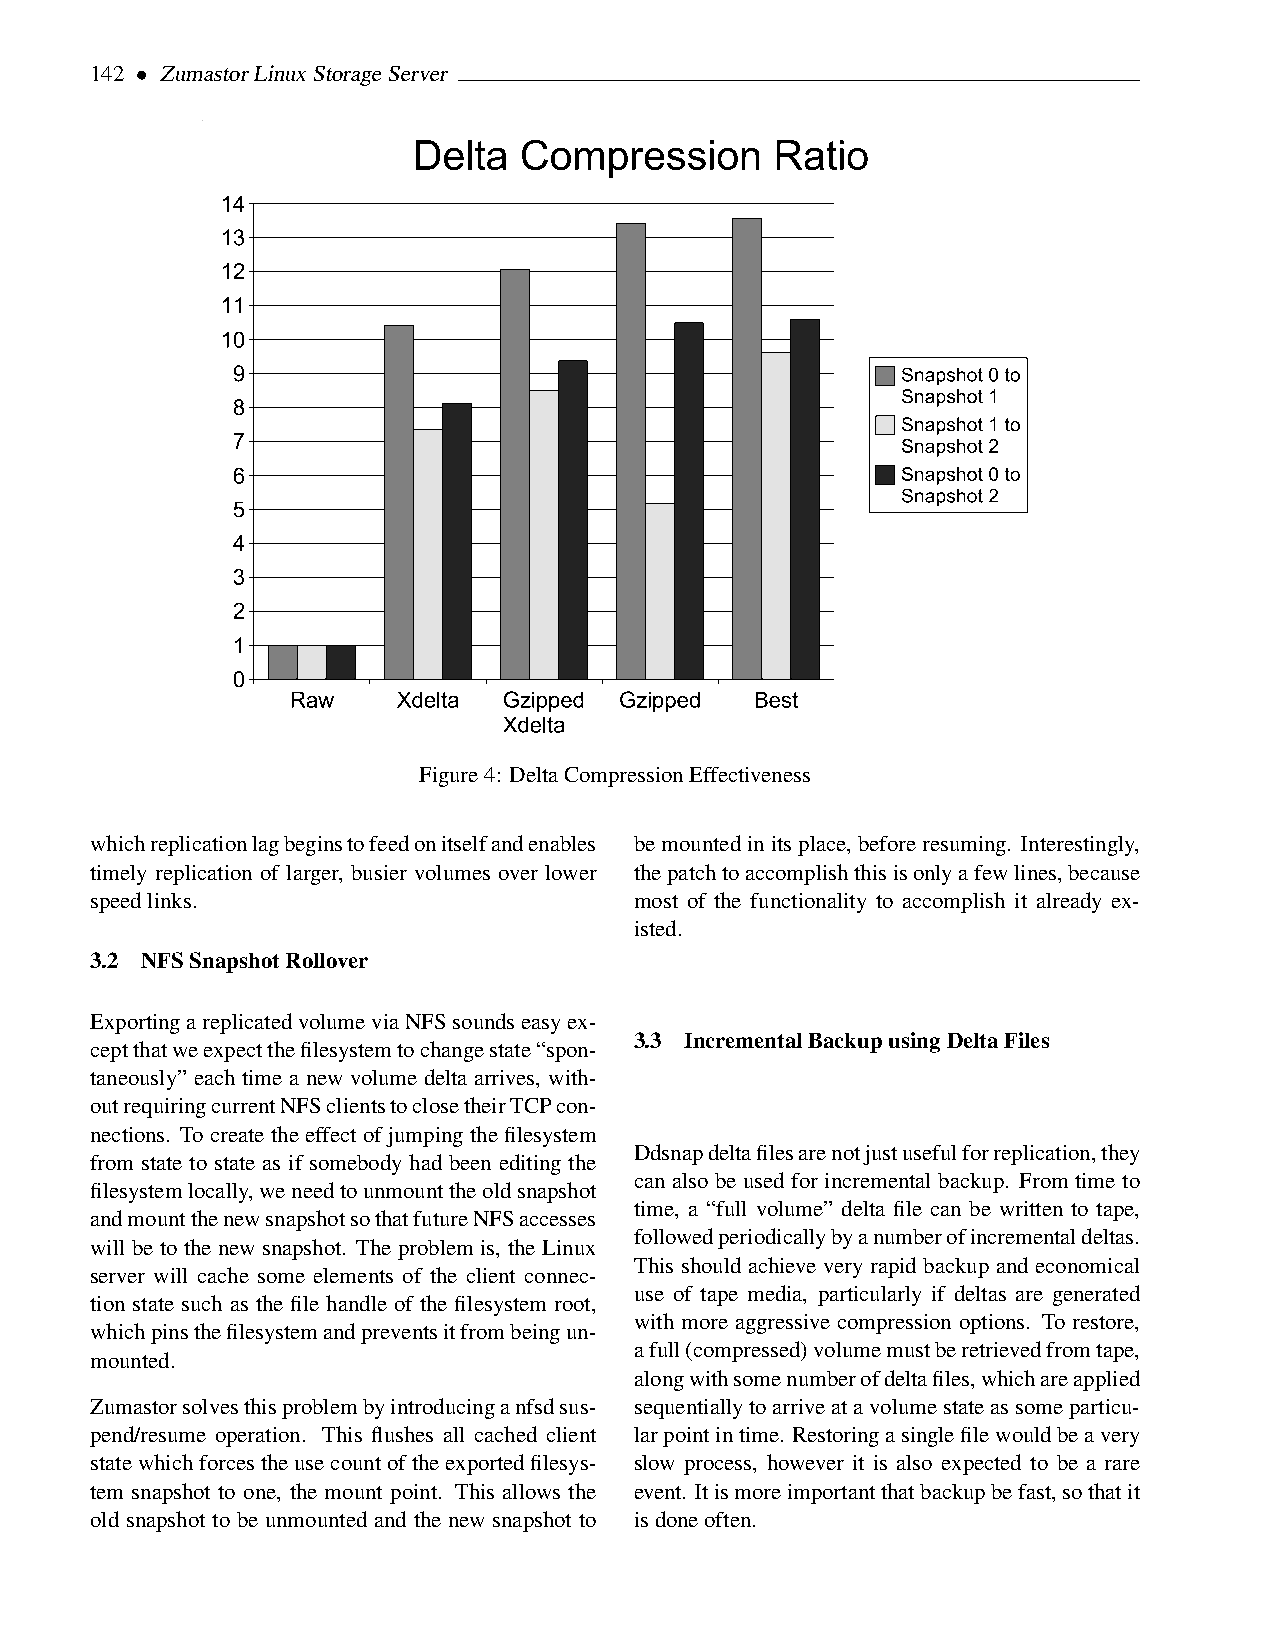
142 • ZumastorLinuxStorageServer
 Figure4: DeltaCompressionEffectiveness
 whichreplicationlagbeginstofeedonitselfandenables bemountedinitsplace,beforeresuming. Interestingly,
 timely replication of larger, busier volumes over lower thepatchtoaccomplishthisisonlyafewlines,because
 speedlinks.                         most of the functionality to accomplish it already ex-
 isted.
 3.2 NFSSnapshotRollover
 ExportingareplicatedvolumeviaNFSsoundseasyex-
 3.3 IncrementalBackupusingDeltaFiles
 ceptthatweexpectthefilesystemtochangestate“spon-
 taneously” each time a new volume delta arrives, with-
 outrequiringcurrentNFSclientstoclosetheirTCPcon-
 nections. To create the effect of jumping the filesystem
 Ddsnapdeltafilesarenotjustusefulforreplication,they
 from state to state as if somebody had been editing the
 can also be used for incremental backup. From time to
 filesystemlocally,weneedtounmounttheoldsnapshot
 time, a “full volume” delta file can be written to tape,
 andmountthenewsnapshotsothatfutureNFSaccesses
 followedperiodicallybyanumberofincrementaldeltas.
 will be to the new snapshot. The problem is, the Linux
 This should achieve very rapid backup and economical
 server will cache some elements of the client connec-
 use of tape media, particularly if deltas are generated
 tion state such as the file handle of the filesystem root,
 with more aggressive compression options. To restore,
 whichpinsthefilesystemandpreventsitfrombeingun-
 afull(compressed)volumemustberetrievedfromtape,
 mounted.
 alongwithsomenumberofdeltafiles,whichareapplied
 Zumastorsolvesthisproblembyintroducinganfsdsus- sequentiallytoarriveatavolumestateassomeparticu-
 pend/resume operation. This flushes all cached client larpointintime. Restoringasinglefilewouldbeavery
 statewhichforcestheusecountoftheexportedfilesys- slow process, however it is also expected to be a rare
 tem snapshot to one, the mount point. This allows the event. Itismoreimportantthatbackupbefast,sothatit
 old snapshot to be unmounted and the new snapshot to isdoneoften.